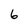
Character: 6